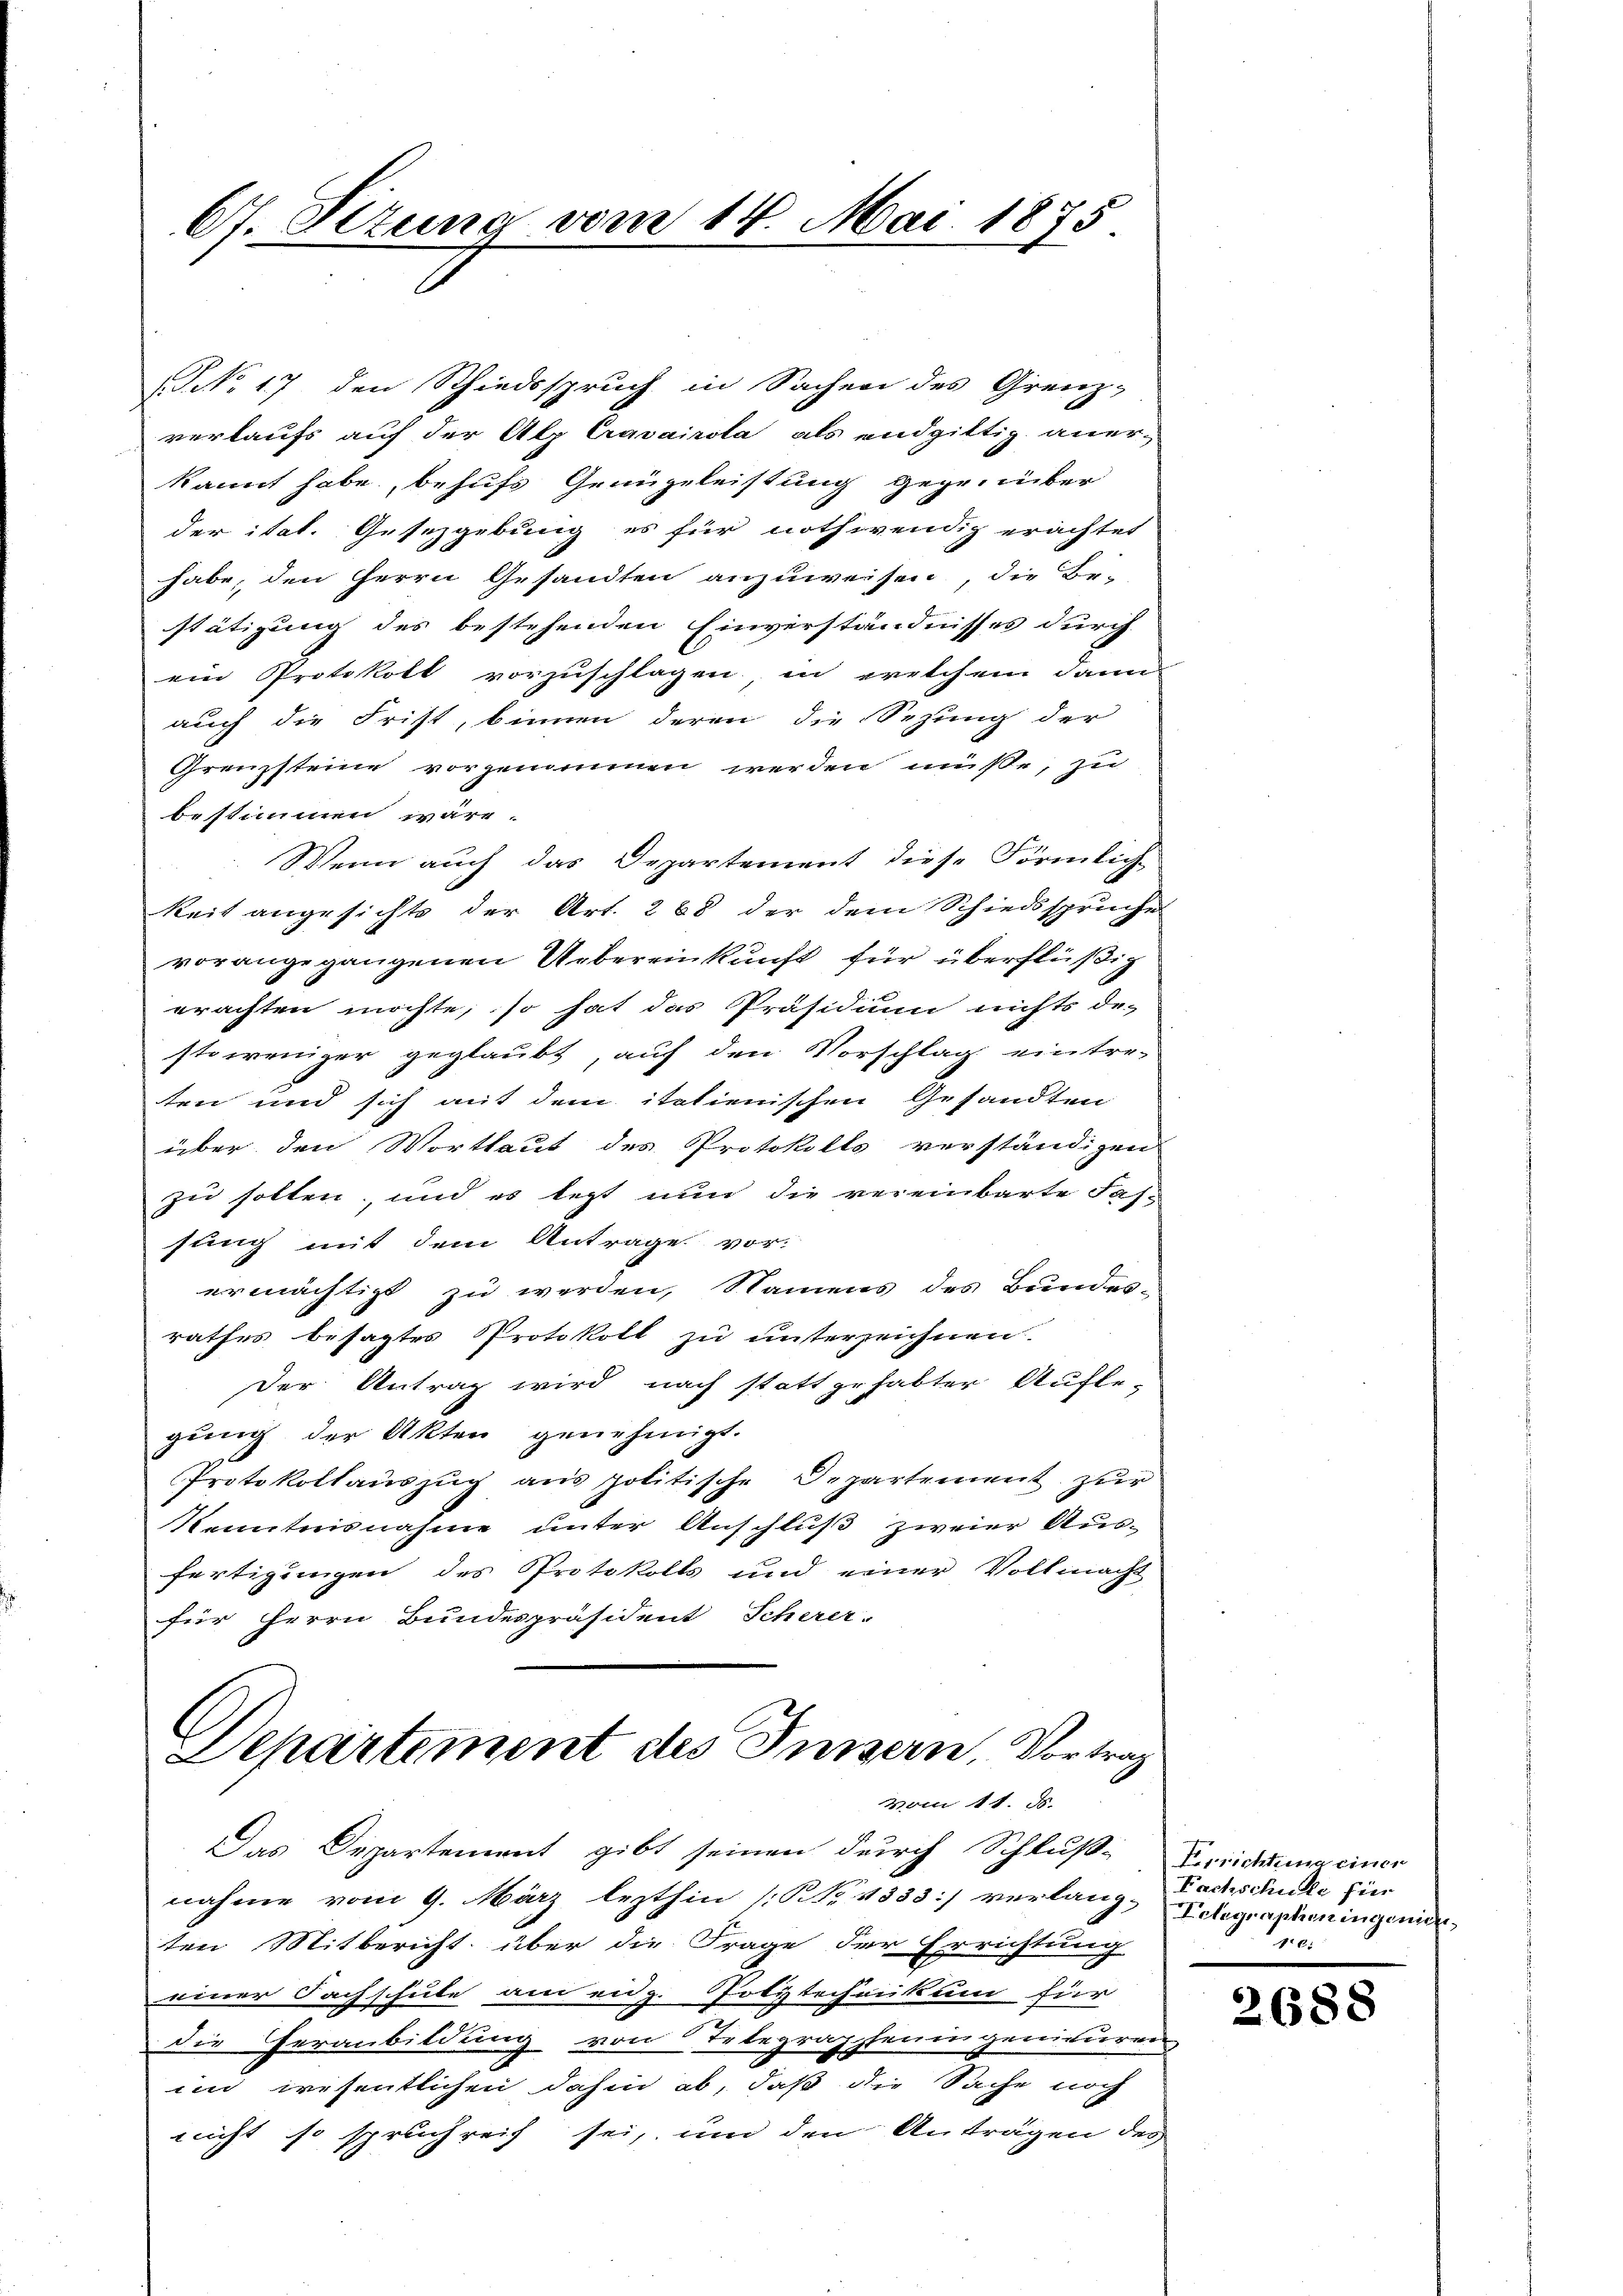
67. Sizung vom 14. Mai 1875

NNo. 17 den Schiedsspruch in Sachen des Grenz-
verkaufs auf der Alp Cravairota als endgittig anerkannt habe, behufs Genügeleistung gegenüber
der itat. Gesezgebung es für nothwendig erachtet
habe, den Herrn Gesandten anzuweisen, die Be-
stätigung des bestehenden Einverständnisses durch
ein Protokoll vorzuschlagen, in errschem dann
auch die Frist, binnen deren die Sezung der
Grenzsteine vorgenommen werden müsse, zu
bestimmen wäre.
Wenn auch das Departement diese Förmlich-
keit angesichte der Art. 288 der dem Schiedsspruche
vorangegangenen Uebereinkunft für überflüßig
erachten möchte, so hat das Präsidium nichts de-
stoweniger geglaubt, auf den Vorschlag eintre-
ten und sich mit dem italienischen Gesandten
über den Wortlaut des Protokolls verständigens
zu sollen, und es legt nun die vereinbarte Fas-
sung mit dem Antrage vor-
ermächtigt zu werden, Namens des Bundes-
rathes besagtes Protokoll zu unterzeichnen.
Der Antrag wird nach statt gehabter Aufbe-
gung der Akten genehmigt.
Protokollauszug aus politische Departement zur
Kenntnisnahme unter Anschluß zweier Ausfertigungen des Protokolls und einer Vollmacht
für Herrn Bundespräsident Scherer-

G
Departement des Innern, Vortrag
vom 11. Js.

Das Departement gibt seinen durch Schluß-Berichtung einer
nahme vom 9. März lezthin (NNo 1333] verlang-Gelegrapheningeni
ten Mitbericht über die Frage der Errichtung
einer Fachschule am eidg. Polytechnikum für
die Heranbildung von Telegrapheningenieuren
im wesentlichen dahin ab, daß die Sache noch
nicht so spruchreif sei, um den Anträgen des

Fachschule für
ra

268